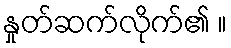
နှုတ်ဆက်လိုက်၏ ။